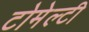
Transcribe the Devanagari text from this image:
टोमेल्टी